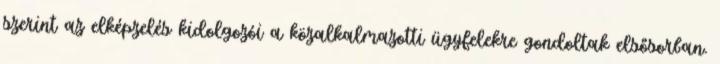
szerint az elképzelés kidolgozói a közalkalmazotti ügyfelekre gondoltak elsősorban.